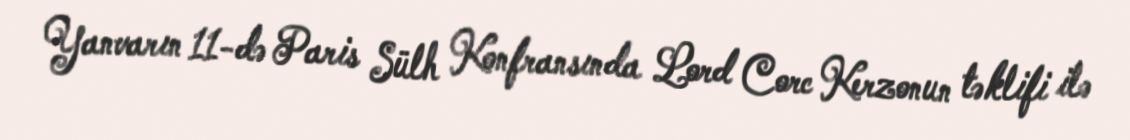
Yanvarın 11-də Paris Sülh Konfransında Lord Corc Kerzonun təklifi ilə